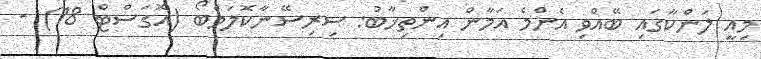
މިއީ ލަންކާގައި ބޭއްވި އެންމެ އަމާން އިންތިޚާބު: ސިރިސޭނާކޮލަމްބޯ (އޮގަސްޓް 18) -